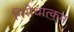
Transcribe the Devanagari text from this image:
निरोधात्कम